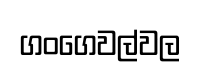
ගංගෙවල්වල